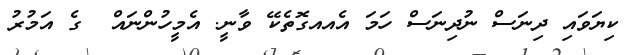
ކިޔަވައި ދިނަސް ނުދިނަސް ހަމަ އެއއގޮތެކޭ ވާނީ. އެމީހުންނައް  ގެ އަމުރު